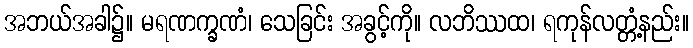
အဘယ်အခါ၌။ မရဏက္ခဏံ၊ သေခြင်း အခွင့်ကို။ လဘိဿထ၊ ရကုန်လတ္တံ့နည်း။